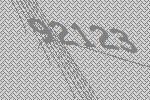
92123